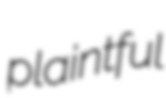
plaintful